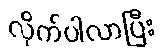
လိုက်ပါလာပြီး